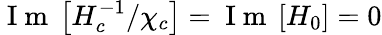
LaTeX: \mathrm{~I~m~}\left[{H_{c}^{-1}/\chi_{c}}\right]=\mathrm{~I~m~}\left[H_{0}\right]=0